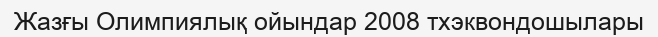
Жазғы Олимпиялық ойындар 2008 тхэквондошылары